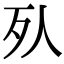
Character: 𣦹